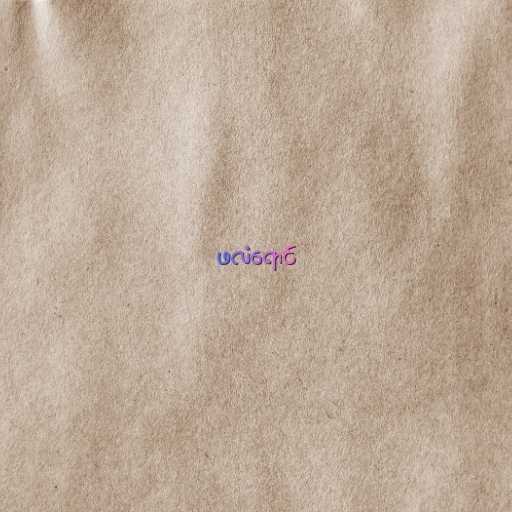
ဖလံရောင်